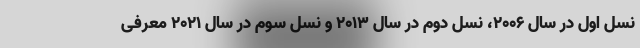
نسل اول در سال 2006، نسل دوم در سال 2013 و نسل سوم در سال 2021 معرفی